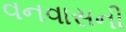
વનવાસની